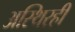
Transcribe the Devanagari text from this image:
अस्थिरही